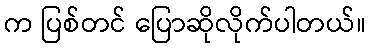
က ပြစ်တင် ပြောဆိုလိုက်ပါတယ်။